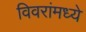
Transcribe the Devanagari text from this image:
विवरांमध्ये